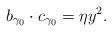
\begin{align*}b_{\gamma_0} \cdot c_{\gamma_0} = \eta y^2.\end{align*}